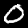
Digit: 0